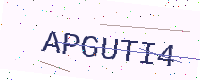
Text: APGUTI4